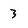
Character: 3